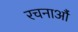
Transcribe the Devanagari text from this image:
रचनाऔं